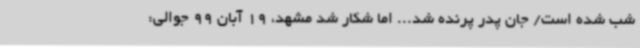
شب شده است/ جان پدر پرنده شد... اما شکار شد مشهد، 19 آبان 99 جوالی: